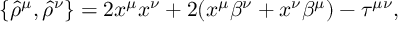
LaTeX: \{ { \hat { \rho } } ^ { \mu } , { \hat { \rho } } ^ { \nu } \} = 2 x ^ { \mu } x ^ { \nu } + 2 ( x ^ { \mu } \beta ^ { \nu } + x ^ { \nu } \beta ^ { \mu } ) - \tau ^ { \mu \nu } ,